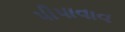
પીપાવાવ